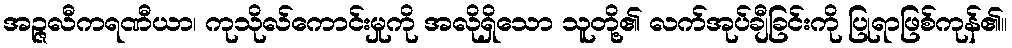
အဉ္ဇလီကရဏီယာ၊ ကုသိုလ်ကောင်းမှုကို အလိုရှိသော သူတို့၏ လက်အုပ်ချီခြင်းကို ပြုရာဖြစ်ကုန်၏။